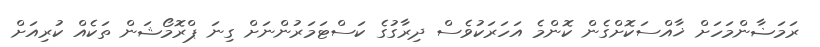
ރަމަޟާންމަހަށް ޚާއްސަކޮށްގެން ކޮންމެ އަހަރަކުވެސް ދިރާގުގެ ކަސްޓަމަރުންނަށް ގިނަ ޕްރޮމޯޝަން ތަކެއް ކުރިއަށް